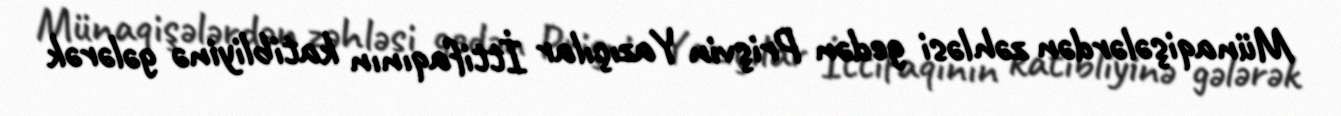
Münaqişələrdən zəhləsi gedən Prişvin Yazıçılar İttifaqının katibliyinə gələrək